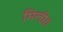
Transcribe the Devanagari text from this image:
मिली।।